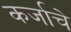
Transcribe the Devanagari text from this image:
कर्जाचे